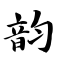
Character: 韵